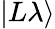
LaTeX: |L\lambda\rangle